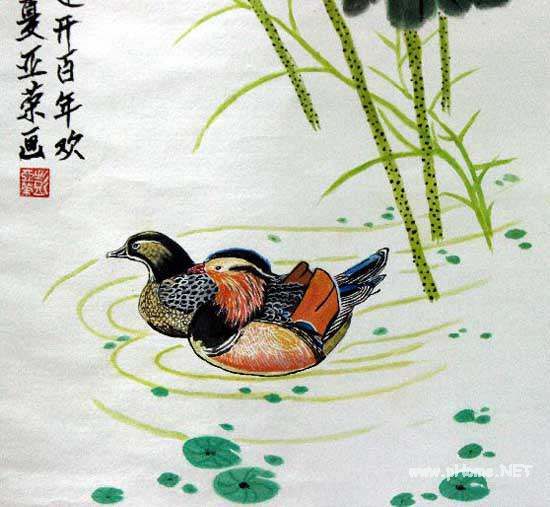
沙上并禽池上暝。云破月来花弄影。